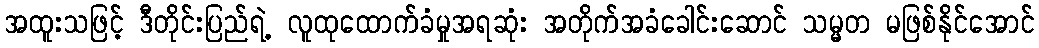
အထူးသဖြင့် ဒီတိုင်းပြည်ရဲ့ လူထုထောက်ခံမှုအရဆုံး အတိုက်အခံခေါင်းဆောင် သမ္မတ မဖြစ်နိုင်အောင်